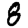
Digit: 8